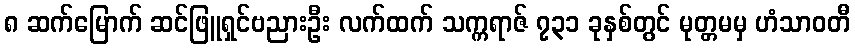
၈ ဆက်မြောက် ဆင်ဖြူရှင်ဗညားဦး လက်ထက် သက္ကရာဇ် ၇၃၁ ခုနှစ်တွင် မုတ္တမမှ ဟံသာဝတီ